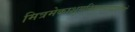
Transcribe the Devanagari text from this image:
मित्रमेकाशुगनिहतपतद्वालिनो